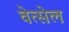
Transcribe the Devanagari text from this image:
वेत्सेल